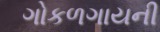
ગોકળગાયની